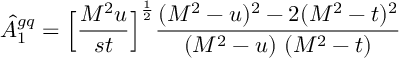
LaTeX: \hat { A } _ { 1 } ^ { g q } = \Bigl [ { \frac { M ^ { 2 } u } { s t } } \Bigr ] ^ { \frac { 1 } { 2 } } { \frac { ( M ^ { 2 } - u ) ^ { 2 } - 2 ( M ^ { 2 } - t ) ^ { 2 } } { ( M ^ { 2 } - u ) \ ( M ^ { 2 } - t ) } }